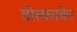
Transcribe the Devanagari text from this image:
वोल्फ्सबेन